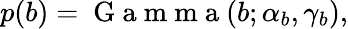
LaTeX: p(b)=\mathrm{~G~a~m~m~a~}(b;\alpha_{b},\gamma_{b}),